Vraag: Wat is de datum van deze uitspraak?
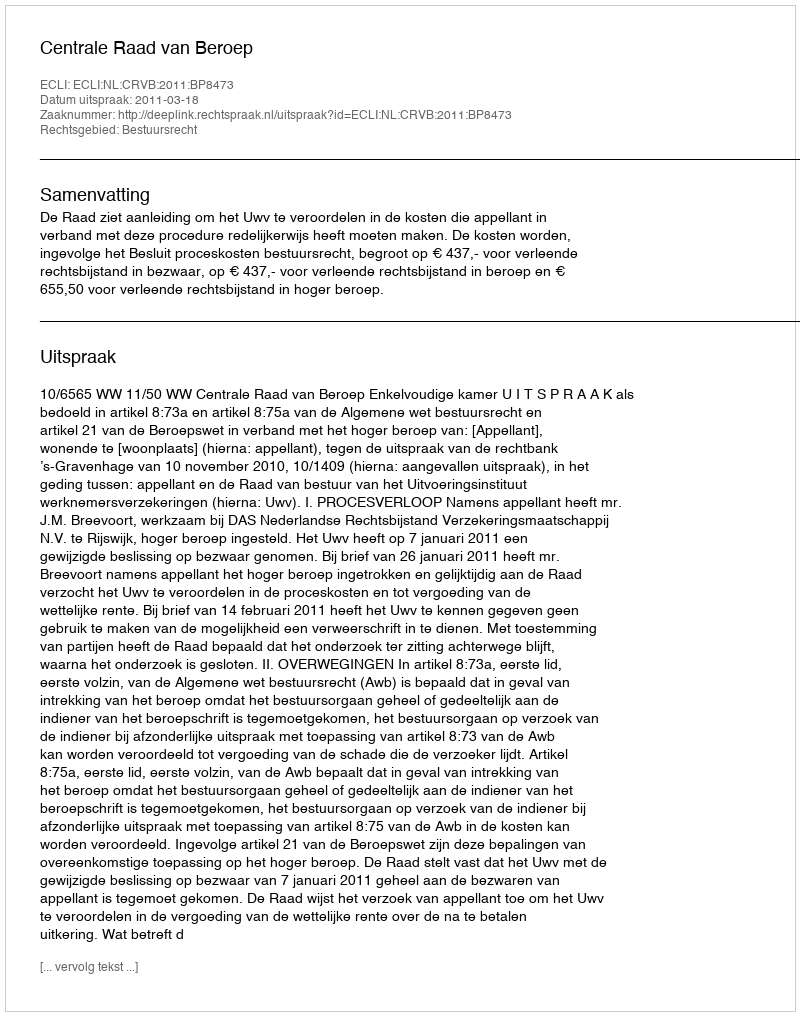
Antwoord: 2011-03-18